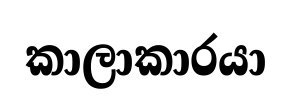
කාලාකාරයා